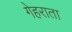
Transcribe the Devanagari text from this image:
गेहराता